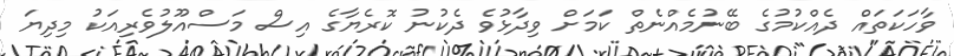
ވާހަކަތައް ދެއްކުމުގެ ބޭނުމެއްނެތް ކަމަށް ވިދާޅުވެ ދެކުނު ކޮރެޔާގެ އިސް މަސްއޫލުވެރިއަކު މިދިޔަ